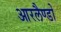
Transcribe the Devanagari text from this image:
आरलैण्डो